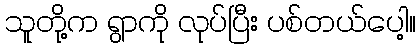
သူတို့က ရွာကို လုပ်ပြီး ပစ်တယ်ပေါ့။